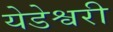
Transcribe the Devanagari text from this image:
येडेश्वरी